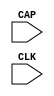
// This program was cloned from: https://github.com/jhshi/openofdm
// License: Apache License 2.0

///////////////////////////////////////////////////////
//  Copyright (c) 1995/2006 Xilinx Inc.
//  All Right Reserved.
///////////////////////////////////////////////////////
//
//   ____   ___
//  /   /\/   / 
// /___/  \  /     Vendor      : Xilinx 
// \  \    \/      Version : 10.1
//  \  \           Description : 
//  /  /                      
// /__/   /\       Filename    : CAPTURE_VIRTEX6.v
// \  \  /  \ 
//  \__\/\__ \                    
//                                 
//  Revision:		1.0
///////////////////////////////////////////////////////

`timescale 1 ps / 1 ps 

module CAPTURE_VIRTEX6 (
  CAP,
  CLK
);
  parameter ONESHOT = "TRUE";


  input CAP;
  input CLK;

endmodule